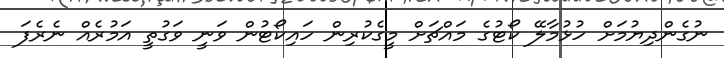
ނުގެންދިޔުމަށް ހުޅުމާލޭ ކޯޓުގެ މައްޗަށް މީގެކުރިން ހައިކޯޓުން ވަނީ ވަގުތީ އަމުރެއް ނެރެފަ